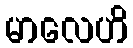
မာလေဟိ